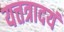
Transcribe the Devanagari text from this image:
यत्तत्रादयं